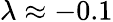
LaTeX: \lambda\approx-0.1